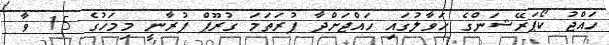
ހައްޖު ކޯޕަރޭޝަންގެ ހަވާލުގައި ހައްޖަށްދާ ފުރަތަމަ ގުރޫޕް ފުރާނީ މިމަހުގެ 15 ވާ